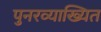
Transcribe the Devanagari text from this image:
पुनरव्याख्यित